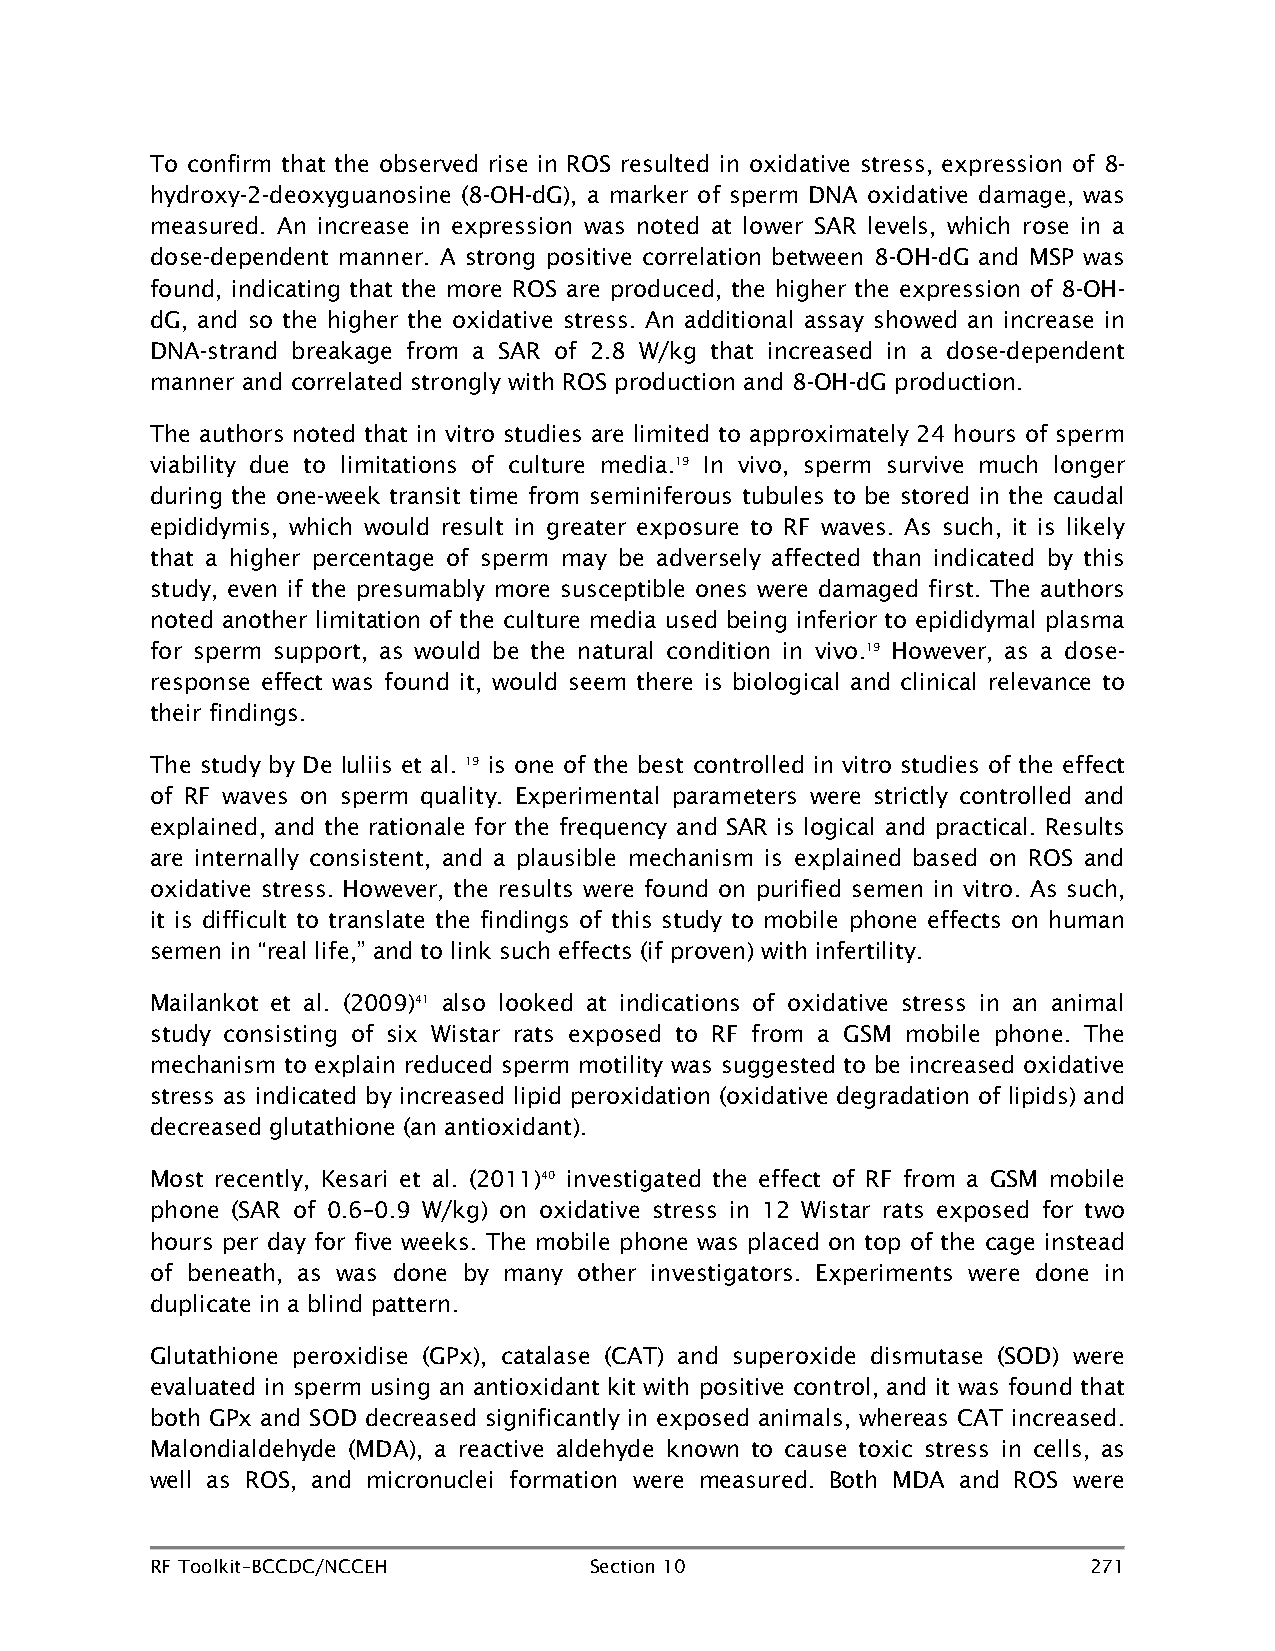
To confirm that the observed rise in ROS resulted in oxidative stress, expression of 8-
 hydroxy-2-deoxyguanosine (8-OH-dG), a marker of sperm DNA oxidative damage, was
 measured. An increase in expression was noted at lower SAR levels, which rose in a
 dose-dependent manner. A strong positive correlation between 8-OH-dG and MSP was
 found, indicating that the more ROS are produced, the higher the expression of 8-OH-
 dG, and so the higher the oxidative stress. An additional assay showed an increase in
 DNA-strand breakage from a SAR of 2.8 W/kg that increased in a dose-dependent
 manner and correlated strongly with ROS production and 8-OH-dG production.
 The authors noted that in vitro studies are limited to approximately 24 hours of sperm
 viability due to limitations of culture media.19 In vivo, sperm survive much longer
 during the one-week transit time from seminiferous tubules to be stored in the caudal
 epididymis, which would result in greater exposure to RF waves. As such, it is likely
 that a higher percentage of sperm may be adversely affected than indicated by this
 study, even if the presumably more susceptible ones were damaged first. The authors
 noted another limitation of the culture media used being inferior to epididymal plasma
 for sperm support, as would be the natural condition in vivo.19 However, as a dose-
 response effect was found it, would seem there is biological and clinical relevance to
 their findings.
 The study by De Iuliis et al. 19 is one of the best controlled in vitro studies of the effect
 of RF waves on sperm quality. Experimental parameters were strictly controlled and
 explained, and the rationale for the frequency and SAR is logical and practical. Results
 are internally consistent, and a plausible mechanism is explained based on ROS and
 oxidative stress. However, the results were found on purified semen in vitro. As such,
 it is difficult to translate the findings of this study to mobile phone effects on human
 semen in “real life,” and to link such effects (if proven) with infertility.
 Mailankot et al. (2009)41 also looked at indications of oxidative stress in an animal
 study consisting of six Wistar rats exposed to RF from a GSM mobile phone. The
 mechanism to explain reduced sperm motility was suggested to be increased oxidative
 stress as indicated by increased lipid peroxidation (oxidative degradation of lipids) and
 decreased glutathione (an antioxidant).
 Most recently, Kesari et al. (2011)40 investigated the effect of RF from a GSM mobile
 phone (SAR of 0.6–0.9 W/kg) on oxidative stress in 12 Wistar rats exposed for two
 hours per day for five weeks. The mobile phone was placed on top of the cage instead
 of beneath, as was done by many other investigators. Experiments were done in
 duplicate in a blind pattern.
 Glutathione peroxidise (GPx), catalase (CAT) and superoxide dismutase (SOD) were
 evaluated in sperm using an antioxidant kit with positive control, and it was found that
 both GPx and SOD decreased significantly in exposed animals, whereas CAT increased.
 Malondialdehyde (MDA), a reactive aldehyde known to cause toxic stress in cells, as
 well as ROS, and micronuclei formation were measured. Both MDA and ROS were
 RF Toolkit–BCCDC/NCCEH       Section 10                       271